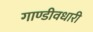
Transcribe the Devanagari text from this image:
गाण्डीवधारी